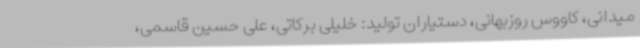
میدانی، کاووس روزبهانی، دستیاران تولید: خلیلی برکاتی، علی حسین قاسمی،